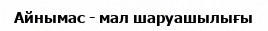
Айнымас - мал шаруашылығы